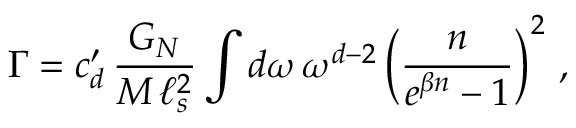
\Gamma = c _ { d } ^ { \prime } \, \frac { G _ { N } } { M \, \ell _ { s } ^ { 2 } } \int d \omega \, \omega ^ { d - 2 } \left( \frac { n } { e ^ { \beta n } - 1 } \right) ^ { 2 } \, ,